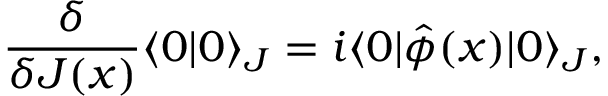
\frac { \delta } { \delta J ( x ) } \langle 0 | 0 \rangle _ { J } = i \langle 0 | \hat { \phi } ( x ) | 0 \rangle _ { J } ,